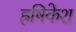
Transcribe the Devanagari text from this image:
ह्रषिकेश